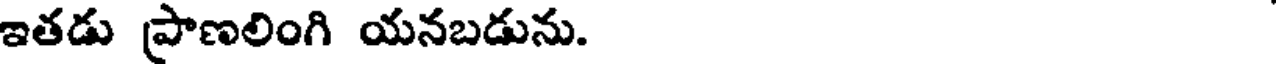
ఇతడు ప్రాణలింగి యనబడును.